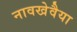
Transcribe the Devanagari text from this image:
नावखेवैया